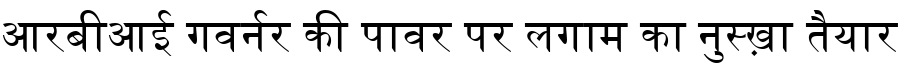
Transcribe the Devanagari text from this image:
आरबीआई गवर्नर की पावर पर लगाम का नुस्ख़ा तैयार